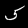
Label: 5